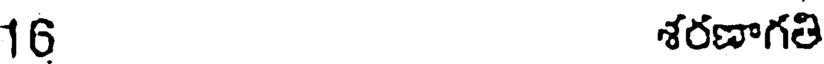
16 శరణాగతి